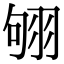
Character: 𦐛